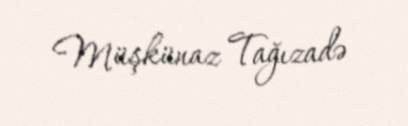
Müşkünaz Tağızadə